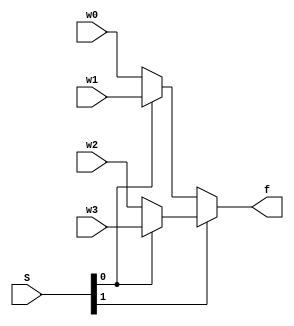
// This program was cloned from: https://github.com/haojunliu/OpenFPGA
// License: BSD 2-Clause "Simplified" License

/* pg 323 - 4 to 1 multiplexer */

module bm_DL_4_1_mux (w0, w1, w2, w3, S, f);
	input w0, w1, w2, w3;
	input [1:0] S;
	output f;

	assign f = S[1] ? (S[0] ? w3 : w2) : (S[0] ? w1 : w0);
		
endmodule